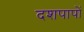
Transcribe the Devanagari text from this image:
दशपापों